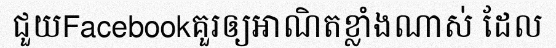
ជួយFacebookគួរឲ្យអាណិតខ្លាំងណាស់ ដែល